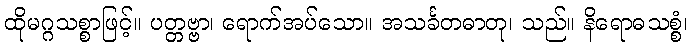
ထိုမဂ္ဂသစ္စာဖြင့်။ ပတ္တဗ္ဗာ၊ ရောက်အပ်သော။ အသင်္ခတဓာတု၊ သည်။ နိရောဓသစ္စံ၊